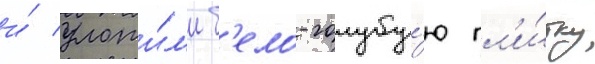
и́ уложи́л'и б'ело-голубу́ю пл'и́тку